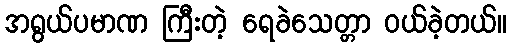
အရွယ်ပမာဏ ကြီးတဲ့ ရေခဲသေတ္တာ ဝယ်ခဲ့တယ်။